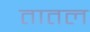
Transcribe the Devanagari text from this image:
तातल